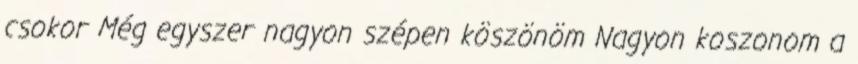
csokor Még egyszer nagyon szépen köszönöm Nagyon koszonom a